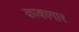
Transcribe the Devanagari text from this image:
काकागार